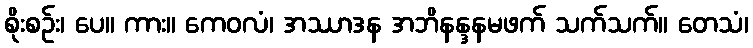
စိုးစဉ်း၊ ပေ။ ကား။ ကေဝလံ၊ အဿာဒန အဘိနန္ဒနမဖက် သက်သက်။ တေသံ၊